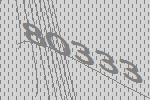
80333